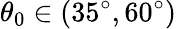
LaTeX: {\theta_{0}}\in(35^{\circ},60^{\circ})